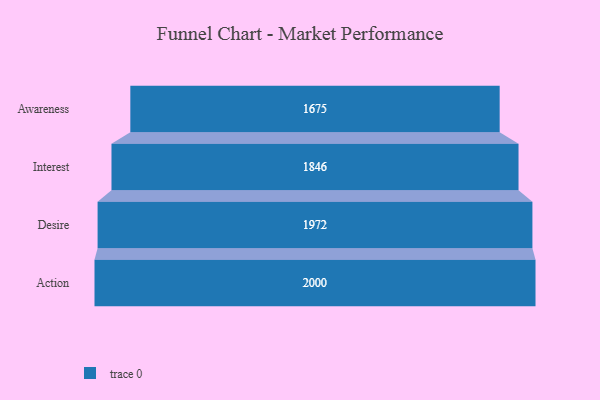
{"axis": {"x": "Stage", "y": "Value"}, "legend": [""], "data": [{"x": "Awareness", "y": 1675.0, "type": ""}, {"x": "Interest", "y": 1846.0, "type": ""}, {"x": "Desire", "y": 1972.0, "type": ""}, {"x": "Action", "y": 2000, "type": ""}]}